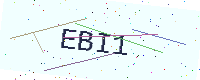
Text: EBI1